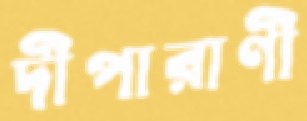
দীপারাণী